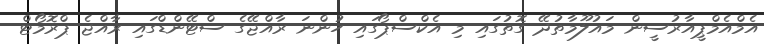
އެމްއެމްޕީއާރުސީން މައުލޫމާތުދޭ ގޮތުގައި މި އެކްސްޕޯގައި ހުންނަ ރާއްޖޭގެ ސްޓޭންޑްގައި ރާއްޖެ ޕްރޮމޯޓް